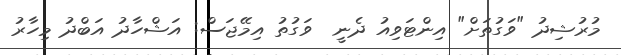
މުރުޝިދު "ވަގުތަށް" އިންޓަވިއު ދެނީ  ވަގުތު އިމޭޖަސް: އަޝްހާދު އަބްދު މިހާރު